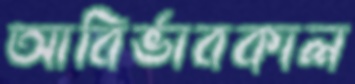
আবির্ভাবকাল